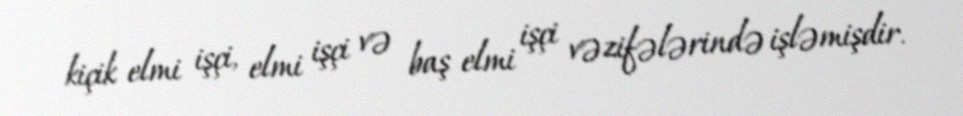
kiçik elmi işçi, elmi işçi və baş elmi işçi vəzifələrində işləmişdir.